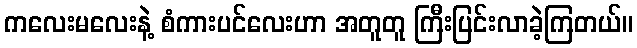
ကလေးမလေးနဲ့ စံကားပင်လေးဟာ အတူတူ ကြီးပြင်းလာခဲ့ကြတယ်။